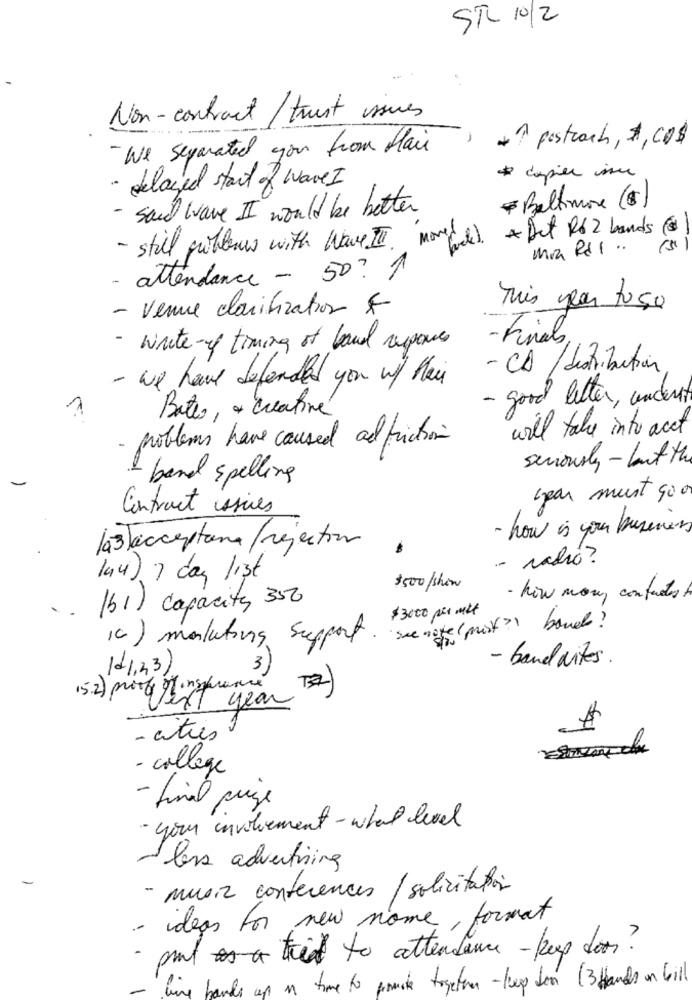
STL 10/2
Non-contract/ trust issues
1
- We separated you from Mail
* ? postrach, A, CD$
· delayed start of Wave I
* capier issu
- said wave II would be better
Baltimore (5)
moved
* Det R$ 2 bands (8)
- still groberw with Wave I.
mia RdI ..
- attendance - 50? 1
- venue clarification F
This year to 50
- Finals.
- write-up timing of band responses
- CA / distribution
- we have defended you w/ their
- good letter, undert
Bates, a creative
will take into acct
- problems have caused ad friction
seriously - but the
1 banal spelling
(par must 900
Contract issues
- how is your business
- radio?
la4) 7 day list
$500/shin
- how many contacts
..
(51) Capacity 350
$3000 per mil
see note ( prist ? band ?
1c) monlutous Support
- bandvites
141,23)
3
15.2) montrent year
- autres
- college
- final prze
· your involvement - what level
less advertising
- musiz conferences / solicitation
- ideas for new nome, format
· put tried to attendance -keep doos?
time to promote together -hep doen (3 Hands on bill
- line banks up n.